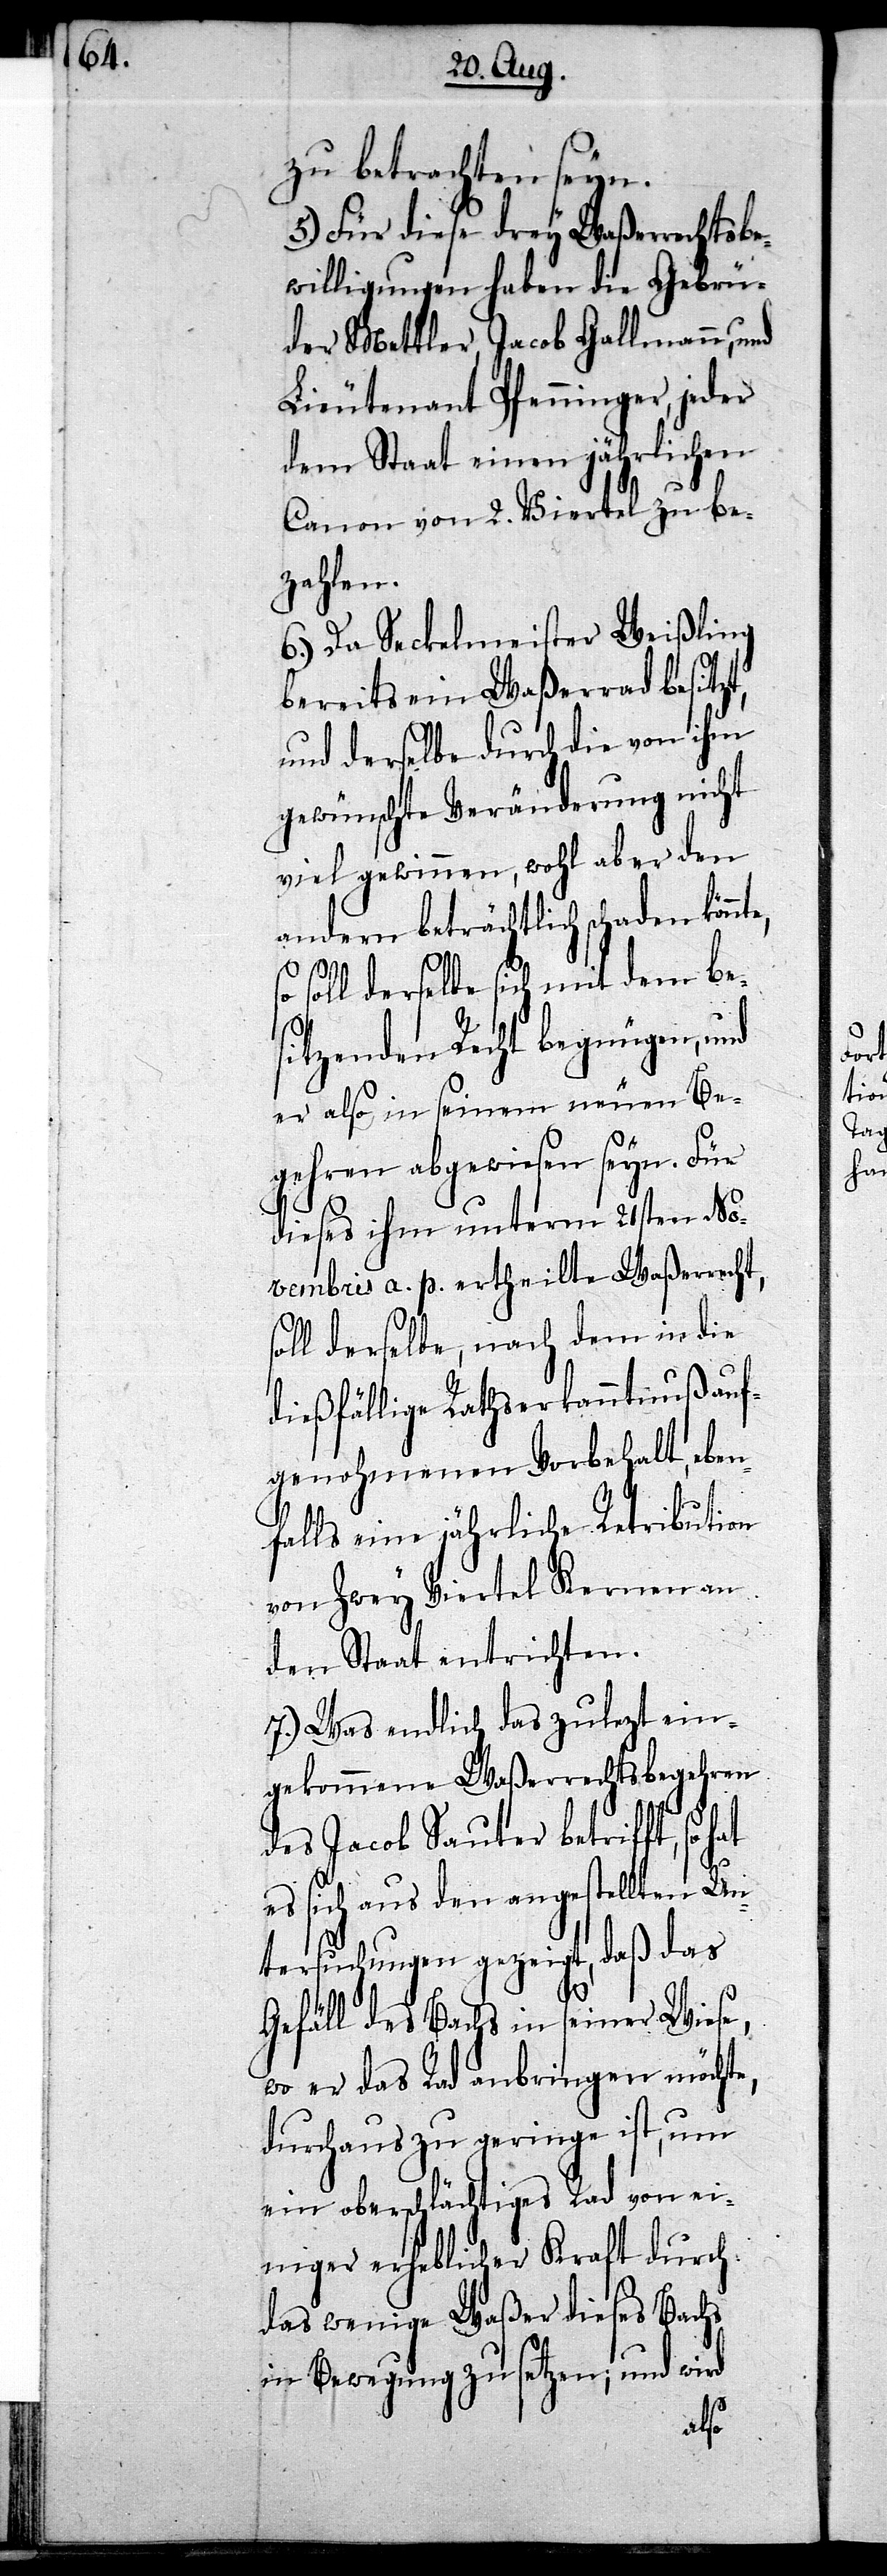
zu betrachten seyn.
5.) Für diese drey Waßerrechtsbe¬
willigungen haben die Gebrü¬
der Mettler, Jacob Gallmann, und
Lieutenant Pfenninger, jeder
dem Staat einen jährlichen
Canon von 2. Viertel zu be¬
zahlen.
6.) Da Seckelmeister Weißling
bereits ein Waßerrad besitzt,
und derselbe durch die von ihm
gewünschte Veränderung nicht
viel gewinnen, wohl aber den
andern beträchtlich schaden könnt¬
soll derselbe sich mit dem be¬
sitzenden Recht begnügen, und
er also in seinem neuen Be¬
gehren abgewiesen seyn. Für
dieses ihm unterm 21sten No¬
vembris a. p. ertheilte Waßerrecht,
soll derselbe, nach dem in die
dießfällige Rathserkanntnuß auf¬
genohmenen Vorbehalt, eben¬
falls eine jährliche Retribution
von Zwey Viertel Kernen an
den Staat entrichten.
7.) Was endlich das zulezt ein¬
gekommene Waßerrechtsbegehren
des Jacob Sauter betrifft, so
es sich aus den angestellten Un¬
tersuchungen gezeigt, daß das
Gefäll des Bachs in seiner Wiese,
wo er das Rad anbringen möchte,
durchaus zu geringe ist, um
ein oberschlächtiges Rad von ei¬
niger erheblicher Kraft durch
das wenige Waßer dieses Bachs
in Bewegung zu setzen; und wird
e, so